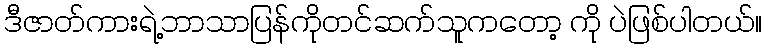
ဒီဇာတ်ကားရဲ့ဘာသာပြန်ကိုတင်ဆက်သူကတော့ ကို ပဲဖြစ်ပါတယ်။